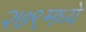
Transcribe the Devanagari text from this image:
२७९मध्ये